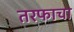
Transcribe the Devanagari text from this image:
तरफाचा